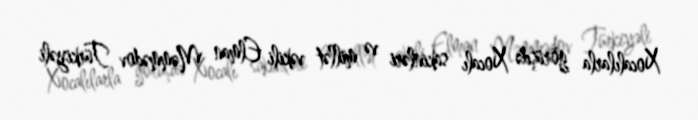
Xocalılarla görüşdə Xocalı sakinləri və millət vəkili Elman Məmmədov Türkiyəli